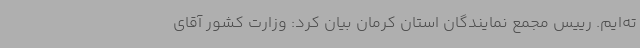
ته‌ایم. رییس مجمع نمایندگان استان کرمان بیان کرد: وزارت کشور آقای